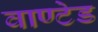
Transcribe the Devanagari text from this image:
वाण्टेड